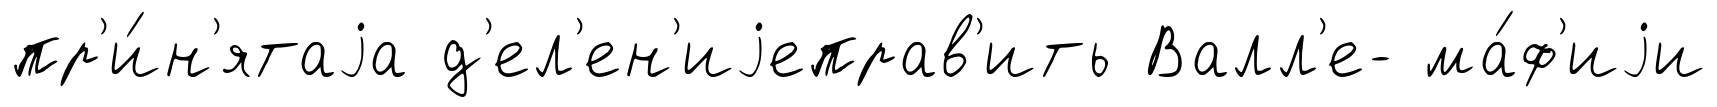
пр'и́н'ятаjа д'ел'ен'иjеправ'ить Валл'е- ма́ф'иjи